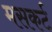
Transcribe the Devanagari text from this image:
मसकर्ट